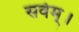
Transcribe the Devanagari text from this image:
सर्वम्।